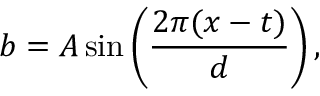
b = A \sin \left( \frac { 2 \pi ( x - t ) } { d } \right) ,